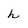
Character: h